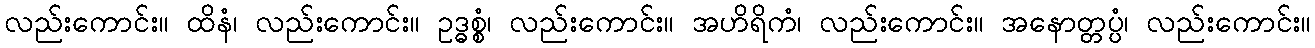
လည်းကောင်း။ ထိနံ၊ လည်းကောင်း။ ဥဒ္ဓစ္စံ၊ လည်းကောင်း။ အဟိရိကံ၊ လည်းကောင်း။ အနောတ္တပ္ပံ၊ လည်းကောင်း။